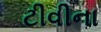
ટીવીના